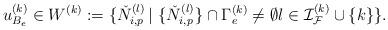
LaTeX: \begin{align*} u^{(k)}_{B_e} \in W^{(k)}:=\{\check{N}_{i,p}^{(l)}\,|\, \,\{\check{N}_{i,p}^{(l)}\}\cap\Gamma^{(k)}_e \neq \emptyset l\in{\mathcal{I}}_{\mathcal{F}}^{(k)}\cup\{k\}\}.\end{align*}